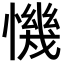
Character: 𢡧